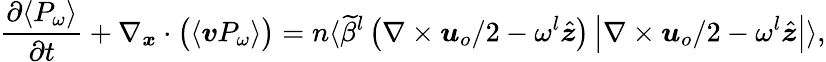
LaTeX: \frac{\partial\langle P_{\omega}\rangle}{\partial t}+\nabla_{\boldsymbol{x}}\cdot\big(\langle\boldsymbol{v}P_{\omega}\rangle\big)=n\langle\widetilde{\beta}^{l}\left(\nabla\times\boldsymbol{u}_{o}/2-\omega^{l}\hat{\boldsymbol{z}}\right)\left|\nabla\times\boldsymbol{u}_{o}/2-\omega^{l}\hat{\boldsymbol{z}}\right|\rangle,